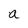
Character: a